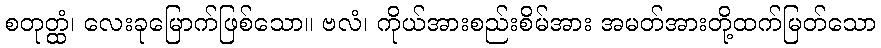
စတုတ္ထံ၊ လေးခုမြောက်ဖြစ်သော။ ဗလံ၊ ကိုယ်အားစည်းစိမ်အား အမတ်အားတို့ထက်မြတ်သော